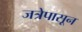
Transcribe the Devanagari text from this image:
जत्रेपासून